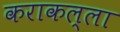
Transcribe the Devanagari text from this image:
कराकल्ला